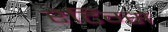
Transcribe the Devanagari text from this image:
रेटिंग्‍स